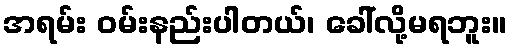
အရမ်း ဝမ်းနည်းပါတယ်၊ ခေါ်လို့မရဘူး။